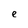
Character: e